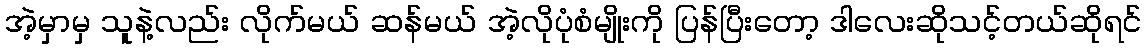
အဲ့မှာမှ သူနဲ့လည်း လိုက်မယ် ဆန်မယ် အဲ့လိုပုံစံမျိုးကို ပြန်ပြီးတော့ ဒါလေးဆိုသင့်တယ်ဆိုရင်